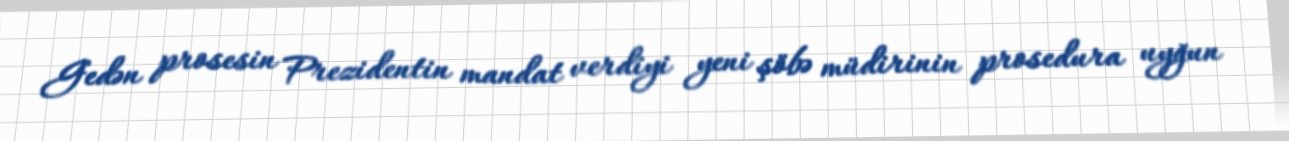
Gedən prosesin Prezidentin mandat verdiyi yeni şöbə müdirinin prosedura uyğun